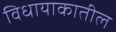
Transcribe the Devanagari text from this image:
विधायाकातील